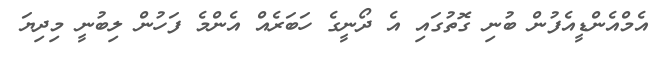
އެމްއެންޑީއެފުން ބުނި ގޮތުގައި އެ ދޯނީގެ ހަބަރެއް އެންމެ ފަހުން ލިބުނީ މިދިޔަ